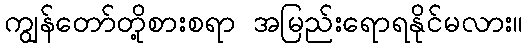
ကျွန်တော်တို့စားစရာ အမြည်းရောရနိုင်မလား။